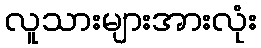
လူသားများအားလုံး